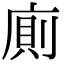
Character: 廁